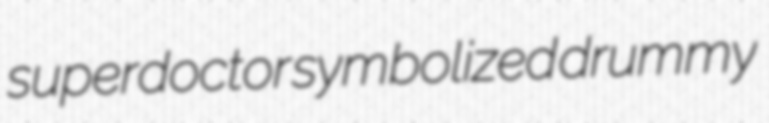
superdoctor symbolized drummy